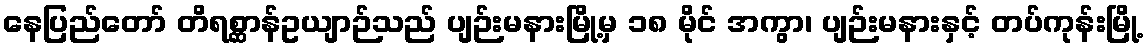
နေပြည်တော် တိရစ္ဆာန်ဥယျာဉ်သည် ပျဉ်းမနားမြို့မှ ၁၈ မိုင် အကွာ၊ ပျဉ်းမနားနှင့် တပ်ကုန်းမြို့